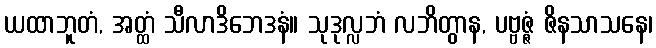
ယထာဘူတံ, အတ္ထံ သီလာဒိဘေဒနံ။ သုဒုလ္လဘံ လဘိတွာန, ပဗ္ဗဇ္ဇံ ဇိနသာသနေ၊